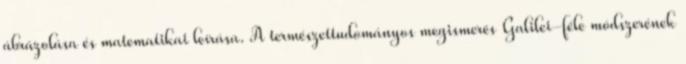
ábrázolása és matematikai leírása. A természettudományos megismerés Galilei-féle módszerének